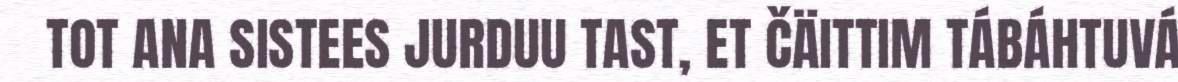
TOT ANA SISTEES JURDUU TAST, ET ČÄITTIM TÁBÁHTUVÁ